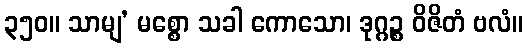
၃၅၀။ သာမျ’ မစ္စော သခါ ကောသော၊ ဒုဂ္ဂဉ္စ ဝိဇိတံ ဗလံ။